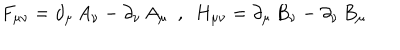
F _ { \mu \nu } = \partial _ { \mu } \, A _ { \nu } - \partial _ { \nu } \, A _ { \mu } ~ ~ , ~ ~ H _ { \mu \nu } = \partial _ { \mu } \, B _ { \nu } - \partial _ { \nu } \, B _ { \mu }